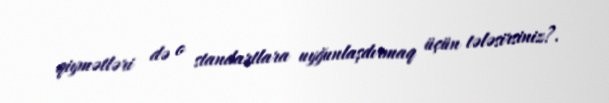
qiymətləri də o standartlara uyğunlaşdırmaq üçün tələsirsiniz?.